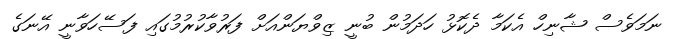
ނަމަވެސް ޝާނިހް އެކަމާ ދެކޮޅު ހަދަމުން ބުނީ ޒިވްޔަންއަށް ފަރުވާކުރުމުގައި ފަސޭހަވާނީ އޭނަގެ